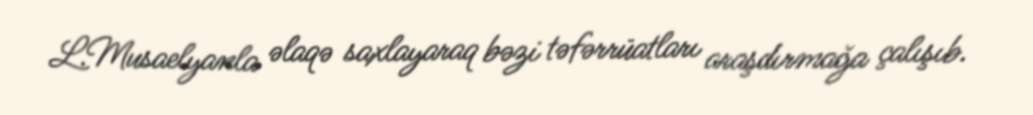
L.Musaelyanla əlaqə saxlayaraq bəzi təfərrüatları araşdırmağa çalışıb.